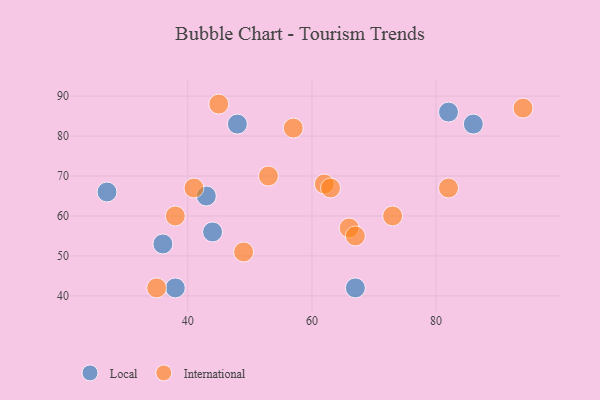
{"axis": {"x": "GDP", "y": "Life Expectancy"}, "legend": ["International", "Local"], "data": [{"x": "44", "y": 56, "type": "Local"}, {"x": "48", "y": 83, "type": "Local"}, {"x": "82", "y": 86, "type": "Local"}, {"x": "86", "y": 83, "type": "Local"}, {"x": "43", "y": 65, "type": "Local"}, {"x": "38", "y": 42, "type": "Local"}, {"x": "67", "y": 42, "type": "Local"}, {"x": "27", "y": 66, "type": "Local"}, {"x": "36", "y": 53, "type": "Local"}, {"x": "53", "y": 70, "type": "International"}, {"x": "62", "y": 68, "type": "International"}, {"x": "45", "y": 88, "type": "International"}, {"x": "41", "y": 67, "type": "International"}, {"x": "57", "y": 82, "type": "International"}, {"x": "82", "y": 67, "type": "International"}, {"x": "66", "y": 57, "type": "International"}, {"x": "38", "y": 60, "type": "International"}, {"x": "94", "y": 87, "type": "International"}, {"x": "35", "y": 42, "type": "International"}, {"x": "49", "y": 51, "type": "International"}, {"x": "73", "y": 60, "type": "International"}, {"x": "67", "y": 55, "type": "International"}, {"x": "63", "y": 67, "type": "International"}]}